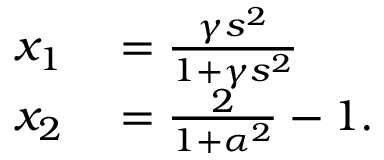
\begin{array} { r l } { x _ { 1 } } & { { } = \frac { \gamma s ^ { 2 } } { 1 + \gamma s ^ { 2 } } } \\ { x _ { 2 } } & { { } = \frac { 2 } { 1 + \alpha ^ { 2 } } - 1 . } \end{array}